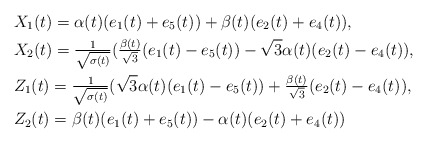
\begin{align*}&X_1(t)=\alpha(t)(e_1(t)+e_5(t))+\beta(t)(e_2(t)+e_4(t)),\\&X_2(t)=\tfrac{1}{\sqrt{\sigma(t)}}(\tfrac{\beta(t)}{\sqrt{3}}(e_1(t)-e_5(t))-\sqrt{3}\alpha(t)(e_2(t)-e_4(t)),\\&Z_1(t)=\tfrac{1}{\sqrt{\sigma(t)}}(\sqrt{3}\alpha(t)(e_1(t)-e_5(t))+\tfrac{\beta(t)}{\sqrt{3}}(e_2(t)-e_4(t)),\\&Z_2(t)=\beta(t)(e_1(t)+e_5(t))-\alpha(t)(e_2(t)+e_4(t))\end{align*}